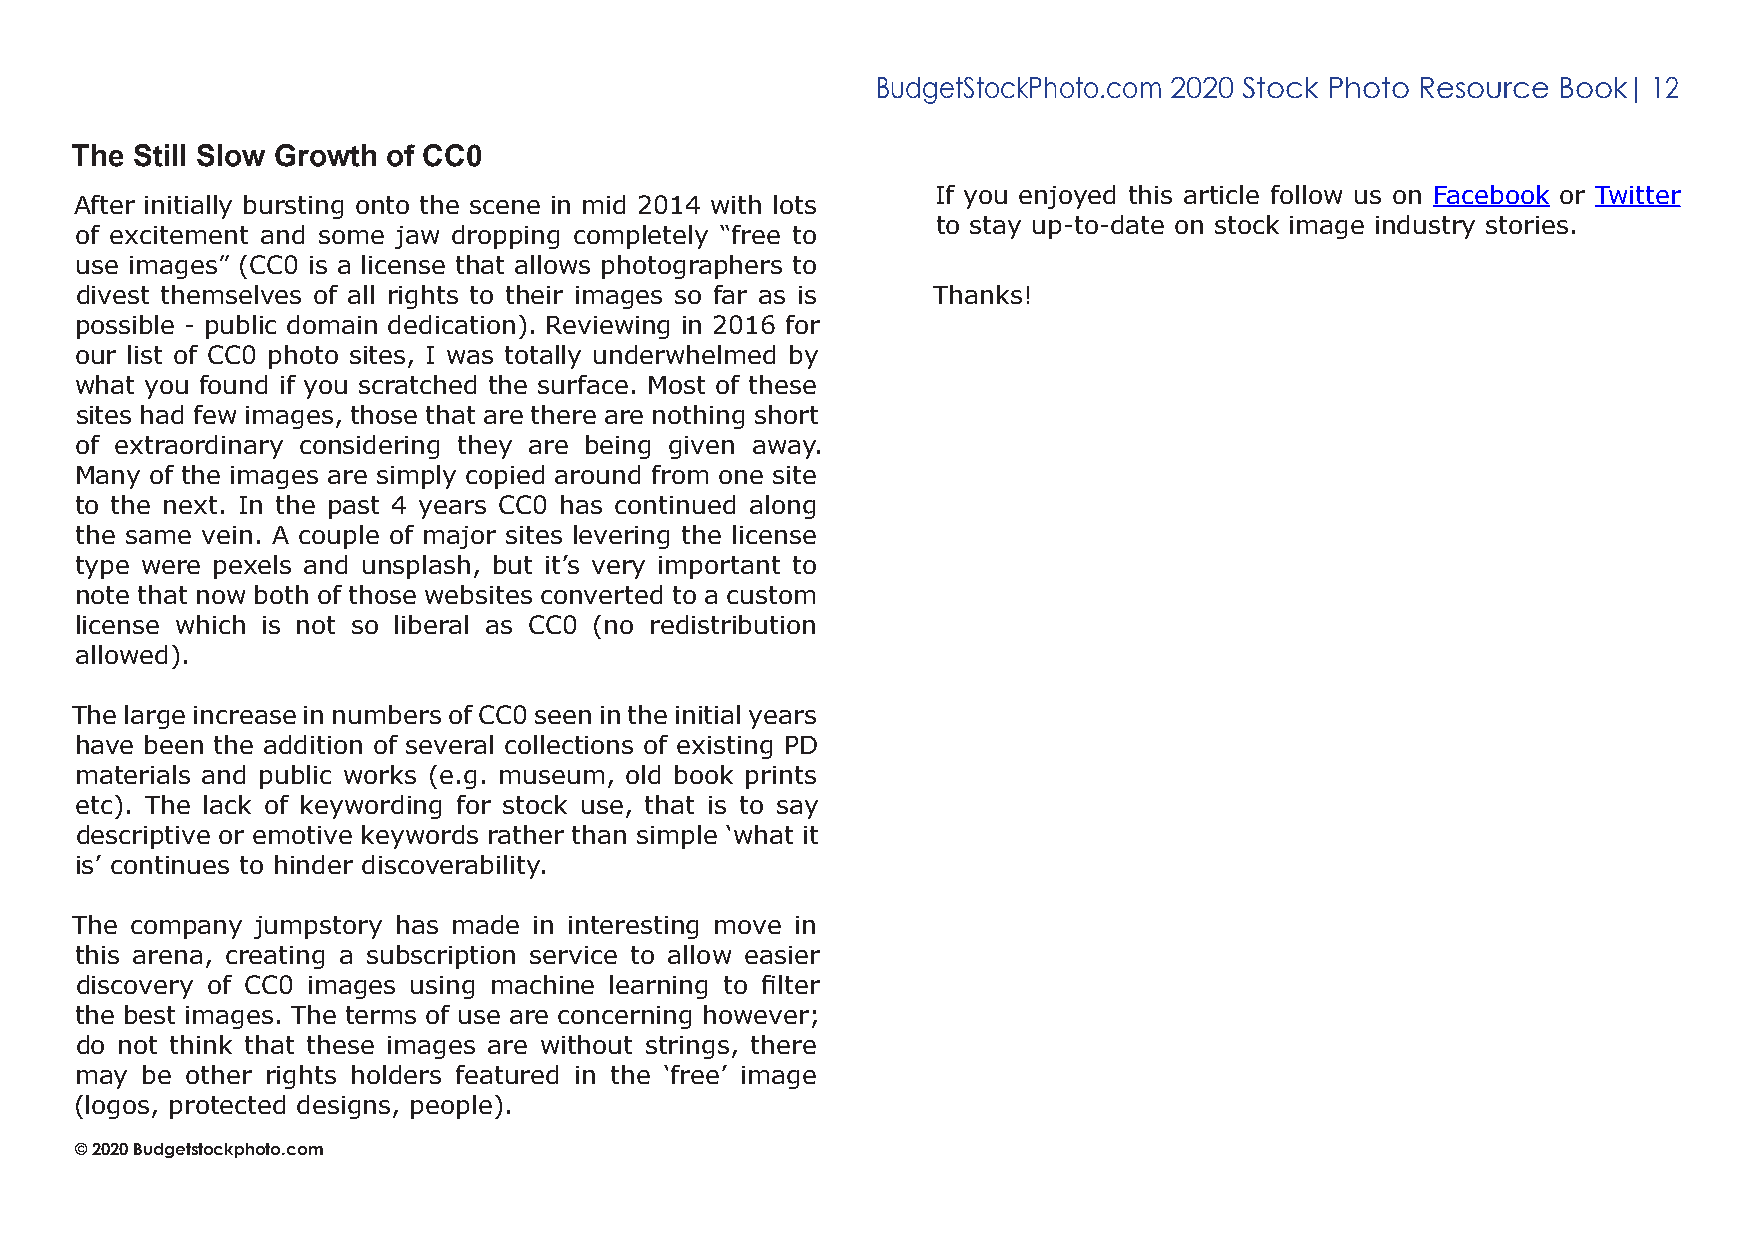
BudgetStockPhoto.com 2020 Stock Photo Resource Book| 12
 The Still Slow Growth of CC0
 If you enjoyed this article follow us on Facebook or Twitter
 After initially bursting onto the scene in mid 2014 with lots
 to stay up-to-date on stock image industry stories.
 of excitement and some jaw dropping completely “free to
 use images” (CC0 is a license that allows photographers to
 divest themselves of all rights to their images so far as is Thanks!
 possible - public domain dedication). Reviewing in 2016 for
 our list of CC0 photo sites, I was totally underwhelmed by
 what you found if you scratched the surface. Most of these
 sites had few images, those that are there are nothing short
 of extraordinary considering they are being given away.
 Many of the images are simply copied around from one site
 to the next. In the past 4 years CC0 has continued along
 the same vein. A couple of major sites levering the license
 type were pexels and unsplash, but it’s very important to
 note that now both of those websites converted to a custom
 license which is not so liberal as CC0 (no redistribution
 allowed).
 The large increase in numbers of CC0 seen in the initial years
 have been the addition of several collections of existing PD
 materials and public works (e.g. museum, old book prints
 etc). The lack of keywording for stock use, that is to say
 descriptive or emotive keywords rather than simple ‘what it
 is’ continues to hinder discoverability.
 The company jumpstory has made in interesting move in
 this arena, creating a subscription service to allow easier
 discovery of CC0 images using machine learning to filter
 the best images. The terms of use are concerning however;
 do not think that these images are without strings, there
 may be other rights holders featured in the ‘free’ image
 (logos, protected designs, people).
 © 2020 Budgetstockphoto.com